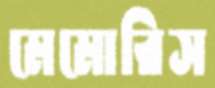
মেমোরিস